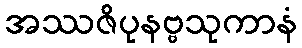
အဿဇိပုနဗ္ဗသုကာနံ